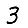
Digit: 3